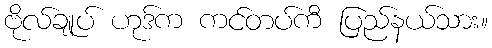
ဗိုလ်ချုပ် ဟုဒ်က ကင်တပ်ကီ ပြည်နယ်သား။